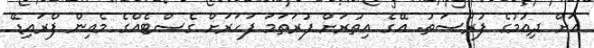
އަށް ދިއުމުގެ ފުރުސަތު. އޭގެ އިތުރަށް ފުރަތަމަ ފަހަރަށް ގެސްޓެއްގެ މެއިން ފްރައިޑޭ